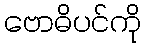
ဗောဓိပင်ကို